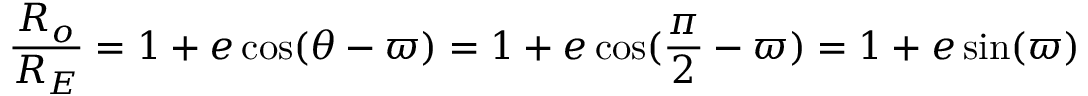
{ \frac { R _ { o } } { R _ { E } } } = 1 + e \cos ( \theta - \varpi ) = 1 + e \cos ( { \frac { \pi } { 2 } } - \varpi ) = 1 + e \sin ( \varpi )